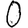
Digit: 0